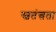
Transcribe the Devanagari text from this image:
स्वतंत्त्रता